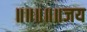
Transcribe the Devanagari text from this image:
॥॥॥॥॥जय